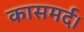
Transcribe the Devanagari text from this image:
कासमर्द।